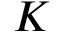
K